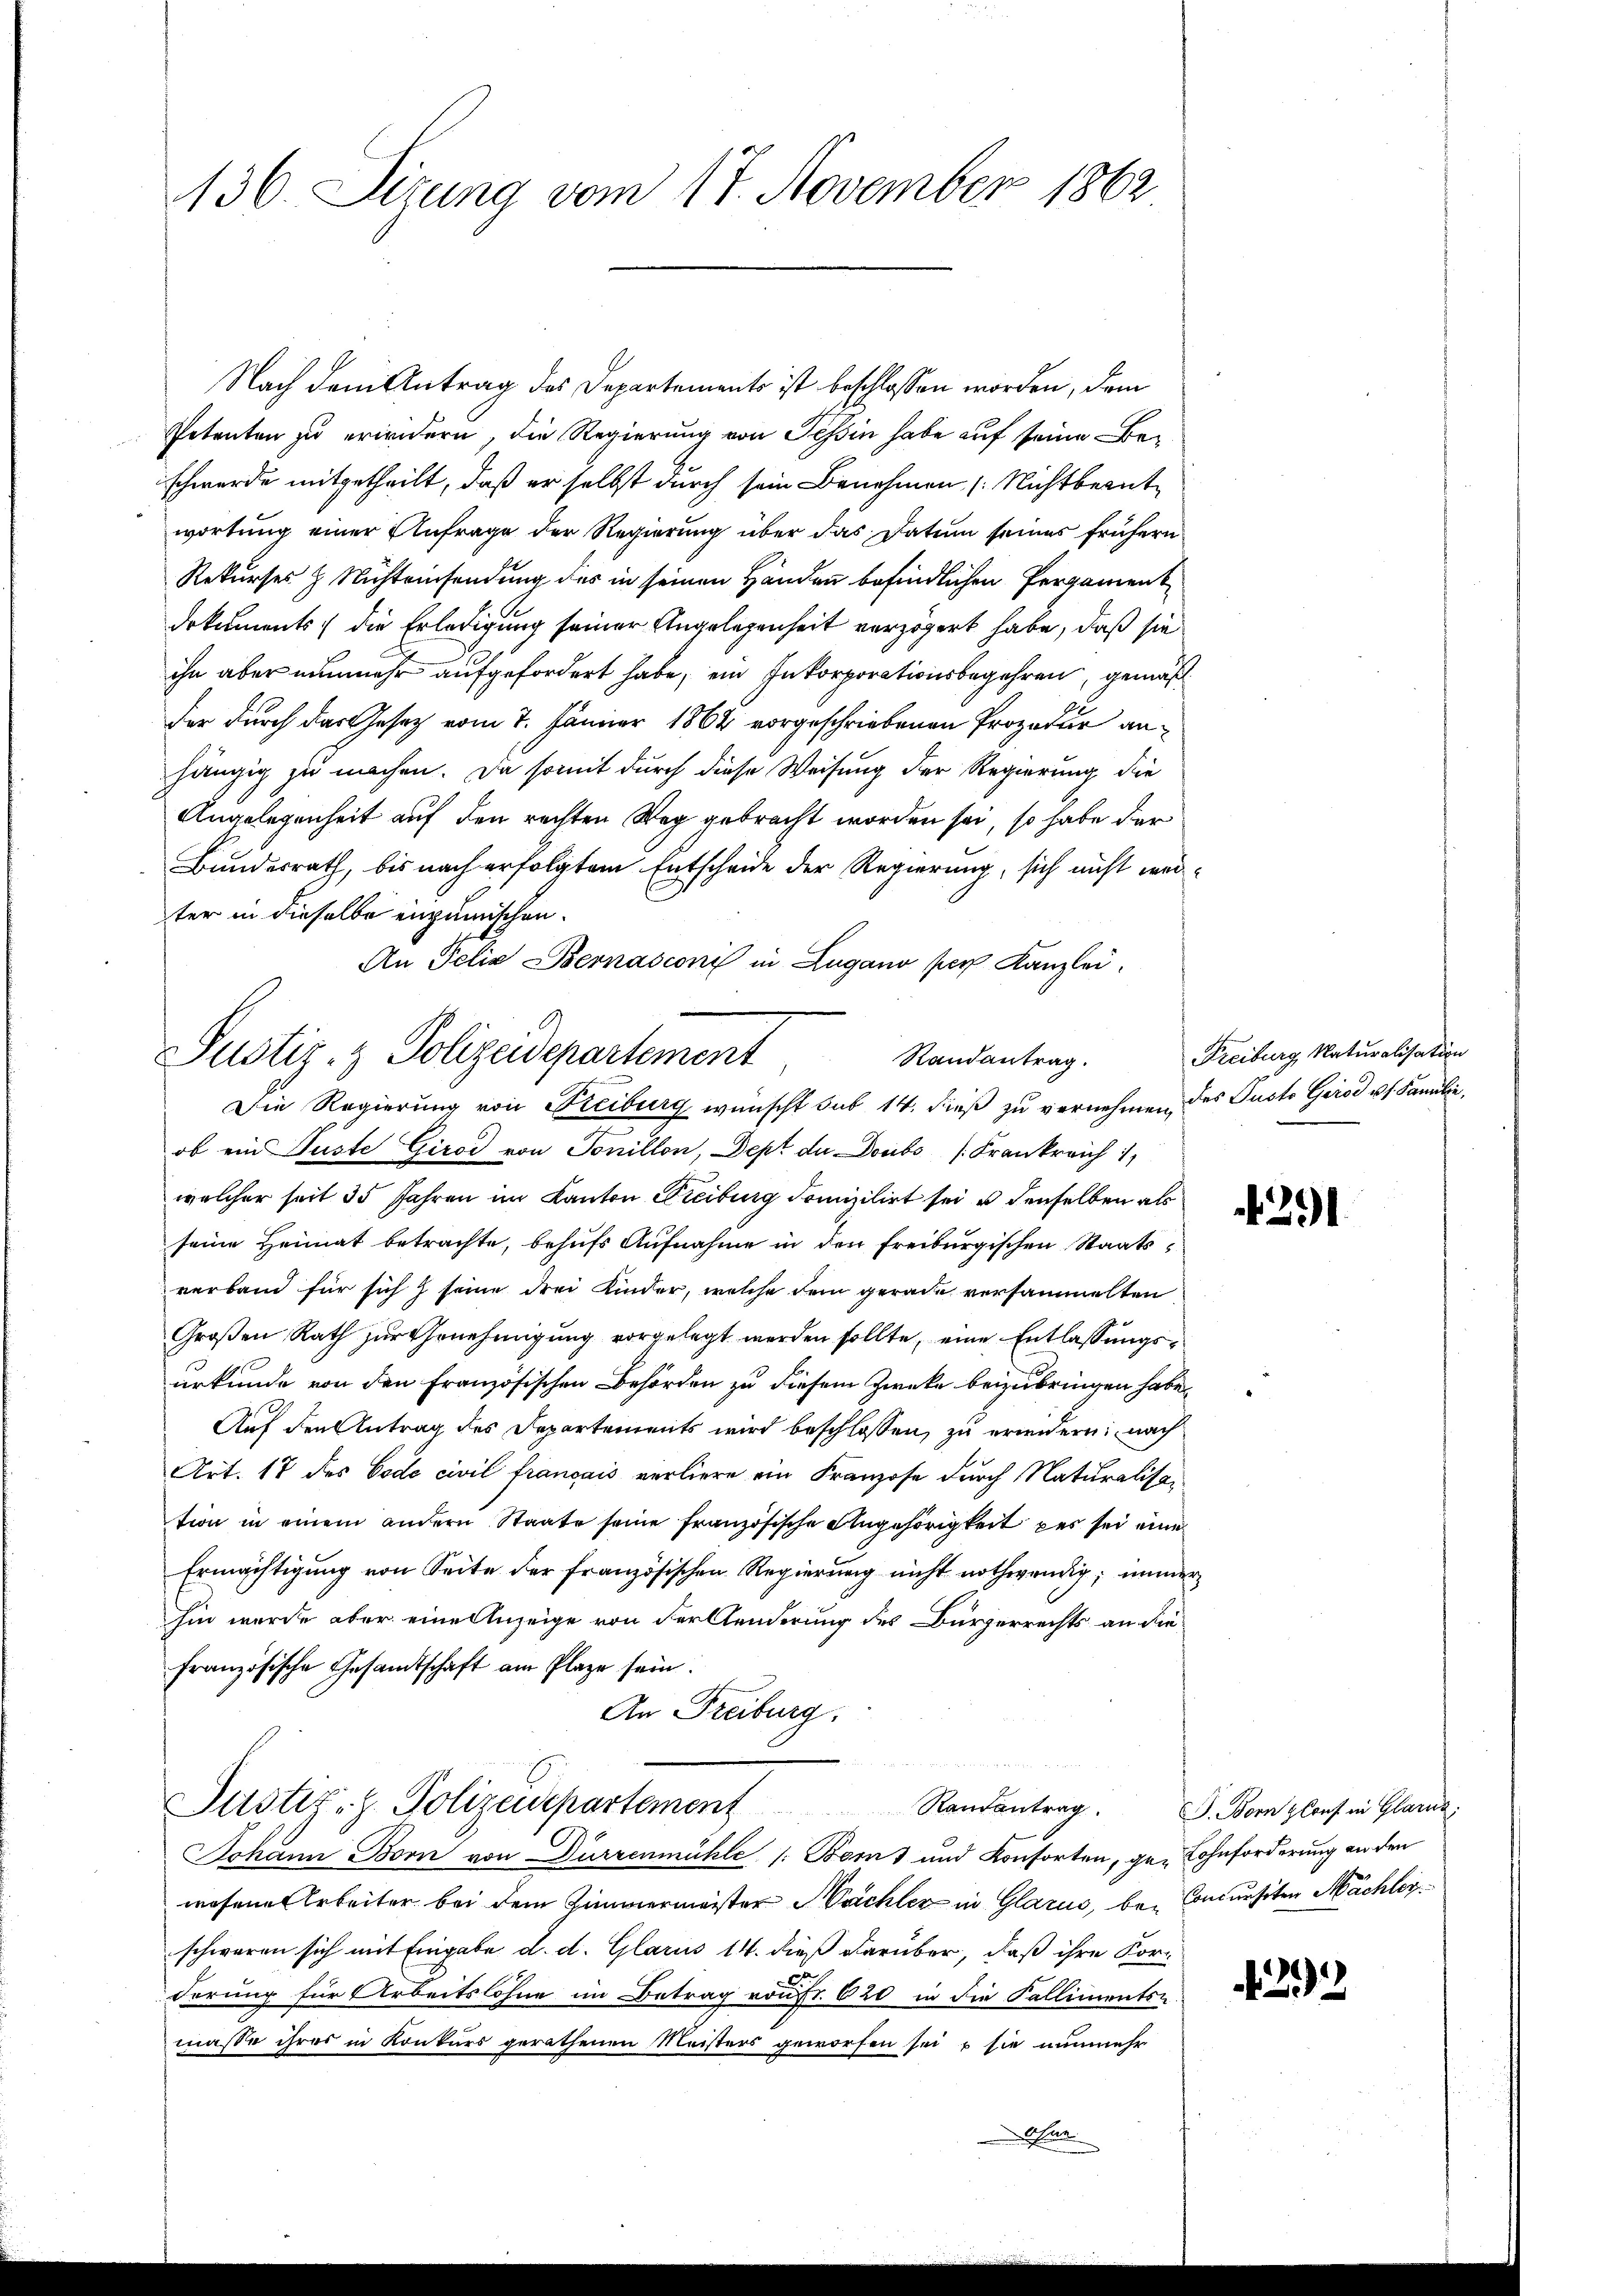
136. Sitzung vom 17. November 1862

Nach dem Antrag des Departements ist beschlossen worden, dem
Petenten zu erindern, die Regierung von Teßin habe auf seine Beschwerde mitgetheilt, daß er selbst durch sein Benehmen (Nichtbeantwortung einer Anfrage der Regierung über das Datum seines frühern
Rekurses h. Nichteinsendung des in seinen Händen befindlichen Pergament
Dokuments, die Erledigung seiner Angelegenheit verzögert habe, daß sie
ihn aber nunmehr aufgefordert habe, ein Inkorporationsbegehren, gemäß
der durch das Gesetz vom 7. Jänner 1864 vorgeschriebenen Prozedur anhängig zu machen. Da somit durch diese Weisung der Regierung die
Angelegenheit auf den rechten Weg gebracht worden sei, so habe der
Bundesrath, bis nach erfolgtem Entscheide der Regierung, sich nicht werter in dieselbe anzumischen.
An Felix Bernasconi in Lugano per Kanzlei
ob ein Puste Giroi von Tonillon, Dept de Doubs (Frankreich
welcher seit 35 Jahren im Kanton Freiburg domizilirt sei u denselben als
seine Heimat betrachte, behufs Aufnahme in den Freiburgischen Staatsverband für sich seine drei Kinder, welche dem gerade versammelten
Großen Rath zur Genehmigung vorgelegt werden sollte, eine Entlassungsurkunde von den Französischen Behörden zu diesem Zwecke beizubringen habe.
Auf den Antrag des Departements wird beschlossen, zu erindern nach
Art. 17 des Code civil français verliere ein Franzose durch Naturalisation in einem andern Staate seine französische Angehörigkeit par sei eine
Ermächtigung von Seite der französischen Regierung nicht nothwendig; immer
hin wurde aber eine Anzeige von der Aenderung des Bürgerrechts an die
französische Gesandtschaft am Plaze sein.
An Freiburg.
Justiz- & Polizeispartement Randantrag. G. Born glauf in Glande
Johann Born von Dürzenmühle [Borns und Konsorten, ge- Cohnforderung an den
wesene Arbeiter bei dem Zimmermeister Sachler in Glarus, bei Concursiten Mächler
schwaren sich mit Eingabe d. d. Glarus 14. dieß darüber, daß ihre Kor-
Ferung für Arbeitslohne im Betrag von fr. 620 in die Falliments-
masse ihres in Konkurs gerathenen Meisters geworfen sei, sie nunmehr
ahlen

Justiz- & Polizeidepartement
Randantrag.
Die Regierung von Freiburg wünscht sub 14. dieß zu vernehmen, des Pusto Girod u. s. Familie,

Freiburg, Naturalisation
291

292